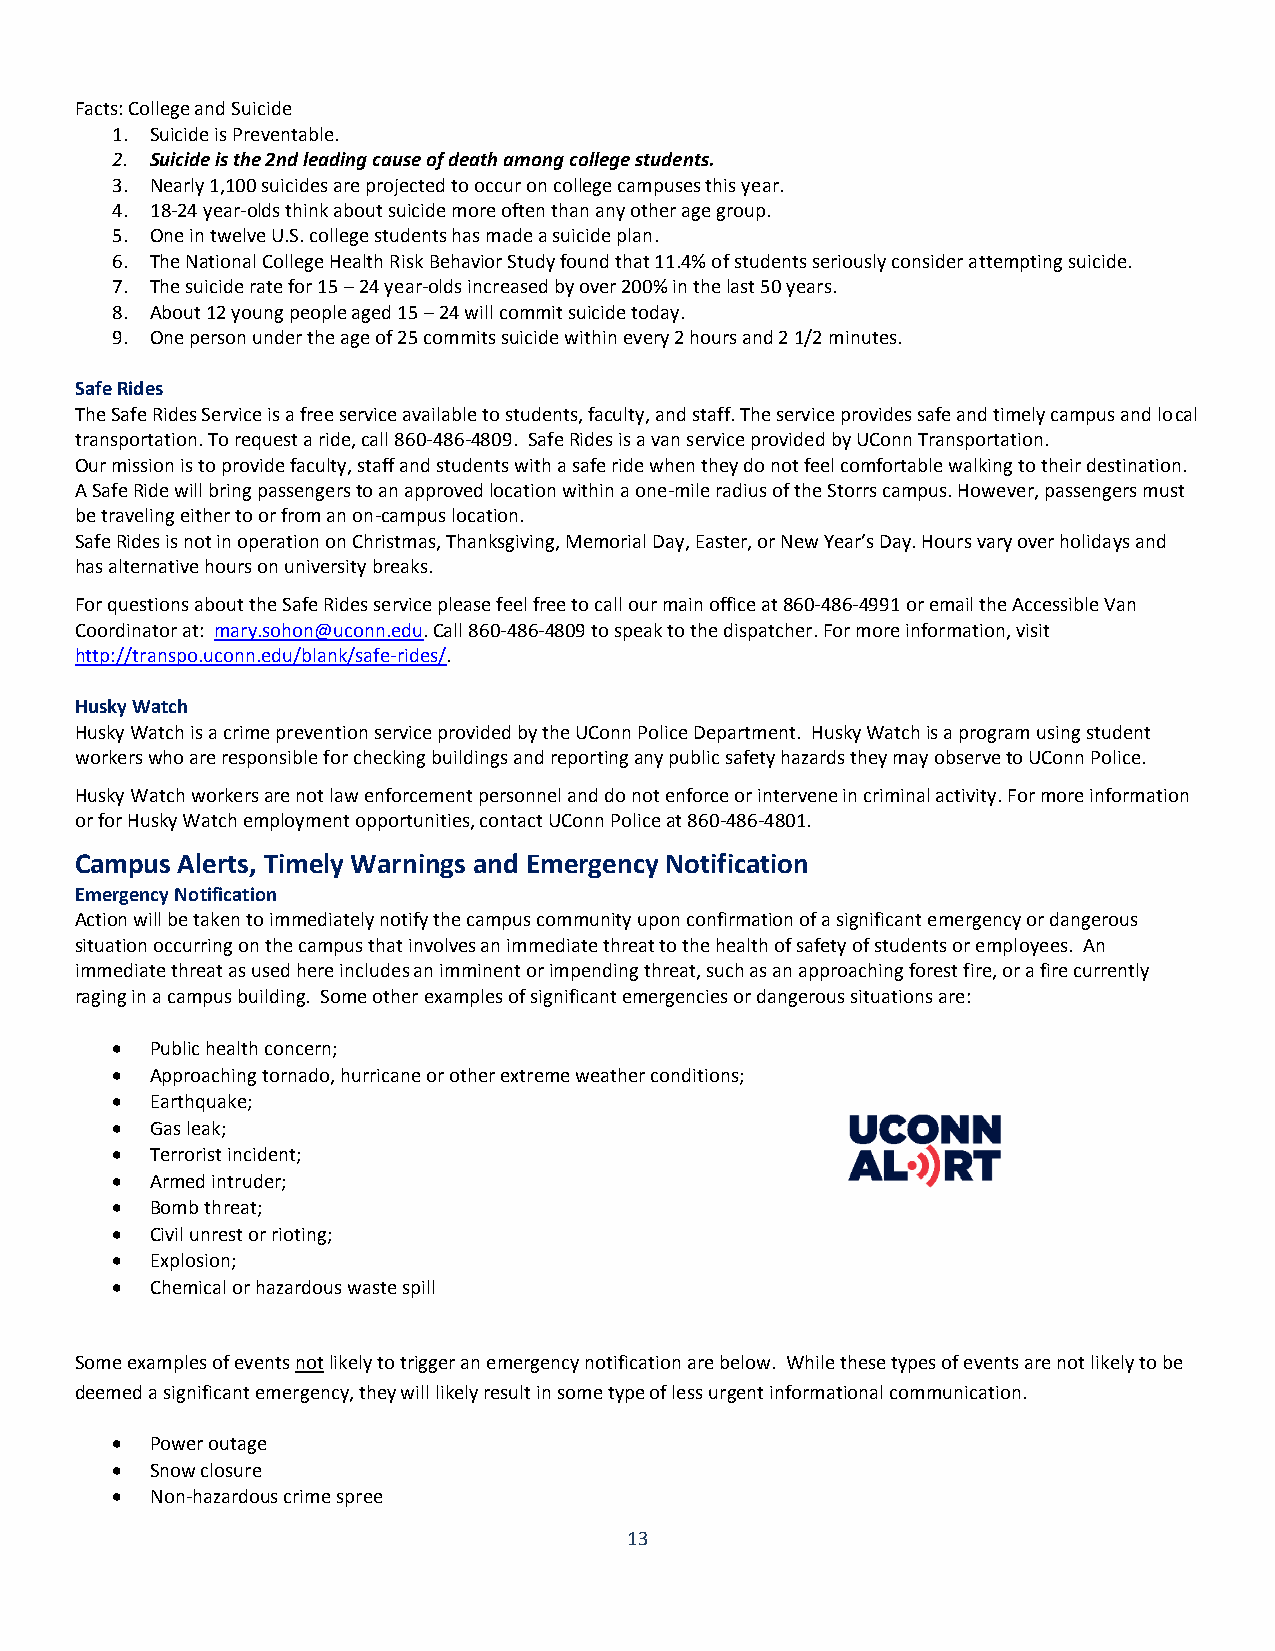
Facts: College and Suicide
 1. Suicide is Preventable.
 2. Suicide is the 2nd leading cause of death among college students.
 3. Nearly 1,100 suicides are projected to occur on college campuses this year.
 4. 18-24 year-olds think about suicide more often than any other age group.
 5. One in twelve U.S. college students has made a suicide plan.
 6. The National College Health Risk Behavior Study found that 11.4% of students seriously consider attempting suicide.
 7. The suicide rate for 15 – 24 year-olds increased by over 200% in the last 50 years.
 8. About 12 young people aged 15 – 24 will commit suicide today.
 9. One person under the age of 25 commits suicide within every 2 hours and 2 1/2 minutes.
 Safe Rides
 The Safe Rides Service is a free service available to students, faculty, and staff. The service provides safe and timely campus and local
 transportation. To request a ride, call 860-486-4809. Safe Rides is a van service provided by UConn Transportation.
 Our mission is to provide faculty, staff and students with a safe ride when they do not feel comfortable walking to their destination.
 A Safe Ride will bring passengers to an approved location within a one-mile radius of the Storrs campus. However, passengers must
 be traveling either to or from an on-campus location.
 Safe Rides is not in operation on Christmas, Thanksgiving, Memorial Day, Easter, or New Year’s Day. Hours vary over holidays and
 has alternative hours on university breaks.
 For questions about the Safe Rides service please feel free to call our main office at 860-486-4991 or email the Accessible Van
 Coordinator at: mary.sohon@uconn.edu. Call 860-486-4809 to speak to the dispatcher. For more information, visit
 http://transpo.uconn.edu/blank/safe-rides/.
 Husky Watch
 Husky Watch is a crime prevention service provided by the UConn Police Department. Husky Watch is a program using student
 workers who are responsible for checking buildings and reporting any public safety hazards they may observe to UConn Police.
 Husky Watch workers are not law enforcement personnel and do not enforce or intervene in criminal activity. For more information
 or for Husky Watch employment opportunities, contact UConn Police at 860-486-4801.
 Campus Alerts, Timely Warnings and Emergency Notification
 Emergency Notification
 Action will be taken to immediately notify the campus community upon confirmation of a significant emergency or dangerous
 situation occurring on the campus that involves an immediate threat to the health of safety of students or employees. An
 immediate threat as used here includes an imminent or impending threat, such as an approaching forest fire, or a fire currently
 raging in a campus building. Some other examples of significant emergencies or dangerous situations are:
   Public health concern;
   Approaching tornado, hurricane or other extreme weather conditions;
   Earthquake;
   Gas leak;
   Terrorist incident;
   Armed intruder;
   Bomb threat;
   Civil unrest or rioting;
   Explosion;
   Chemical or hazardous waste spill
 Some examples of events not likely to trigger an emergency notification are below. While these types of events are not likely to be
 deemed a significant emergency, they will likely result in some type of less urgent informational communication.
   Power outage
   Snow closure
   Non-hazardous crime spree
 13